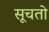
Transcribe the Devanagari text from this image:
सूचतो